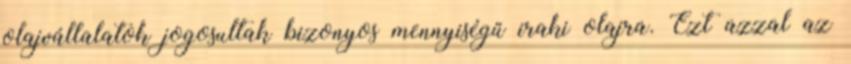
olajvállalatok jogosultak bizonyos mennyiségű iraki olajra. Ezt azzal az